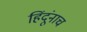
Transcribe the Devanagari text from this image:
हिंदूंनाच